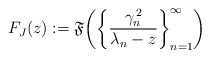
\begin{align*}F_{J}(z):=\mathfrak{F}\!\left(\left\{ \frac{\gamma_{n}^{\,2}}{\lambda_{n}-z}\right\} _{n=1}^{\infty}\right)\end{align*}